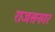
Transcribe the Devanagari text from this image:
राजसनगर